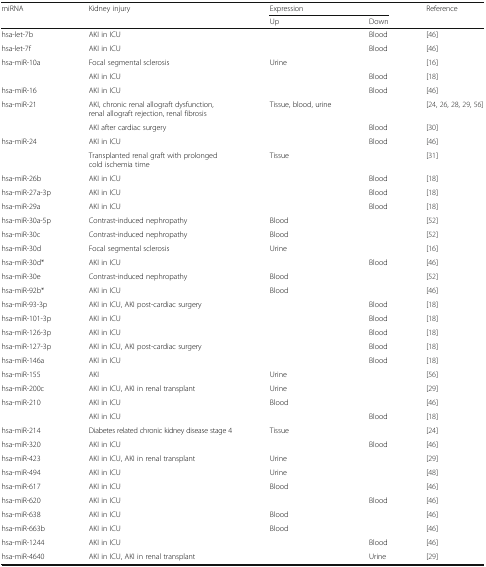
<table><thead><tr><td rowspan="2"><b>miRNA</b></td><td rowspan="2"><b>Kidney injury</b></td><td colspan="2"><b>Expression</b></td><td rowspan="2"><b>Reference</b></td></tr><tr><td><b>Up</b></td><td><b>Down</b></td></tr></thead><tbody><tr><td>hsa-let-7b</td><td>AKI in ICU</td><td></td><td>Blood</td><td>[46]</td></tr><tr><td>hsa-let-7f</td><td>AKI in ICU</td><td></td><td>Blood</td><td>[46]</td></tr><tr><td rowspan="2">hsa-miR-10a</td><td>Focal segmental sclerosis</td><td>Urine</td><td></td><td>[16]</td></tr><tr><td>AKI in ICU</td><td></td><td>Blood</td><td>[18]</td></tr><tr><td>hsa-miR-16</td><td>AKI in ICU</td><td></td><td>Blood</td><td>[46]</td></tr><tr><td rowspan="2">hsa-miR-21</td><td>AKI, chronic renal allograft dysfunction, renal allograft rejection, renal fibrosis</td><td>Tissue, blood, urine</td><td></td><td>[24, 26, 28, 29, 56]</td></tr><tr><td>AKI after cardiac surgery</td><td></td><td>Blood</td><td>[30]</td></tr><tr><td rowspan="2">hsa-miR-24</td><td>AKI in ICU</td><td></td><td>Blood</td><td>[46]</td></tr><tr><td>Transplanted renal graft with prolonged cold ischemia time</td><td>Tissue</td><td></td><td>[31]</td></tr><tr><td>hsa-miR-26b</td><td>AKI in ICU</td><td></td><td>Blood</td><td>[18]</td></tr><tr><td>hsa-miR-27a-3p</td><td>AKI in ICU</td><td></td><td>Blood</td><td>[18]</td></tr><tr><td>hsa-miR-29a</td><td>AKI in ICU</td><td></td><td>Blood</td><td>[18]</td></tr><tr><td>hsa-miR-30a-5p</td><td>Contrast-induced nephropathy</td><td>Blood</td><td></td><td>[52]</td></tr><tr><td>hsa-miR-30c</td><td>Contrast-induced nephropathy</td><td>Blood</td><td></td><td>[52]</td></tr><tr><td>hsa-miR-30d</td><td>Focal segmental sclerosis</td><td>Urine</td><td></td><td>[16]</td></tr><tr><td>hsa-miR-30d*</td><td>AKI in ICU</td><td></td><td>Blood</td><td>[46]</td></tr><tr><td>hsa-miR-30e</td><td>Contrast-induced nephropathy</td><td>Blood</td><td></td><td>[52]</td></tr><tr><td>hsa-miR-92b*</td><td>AKI in ICU</td><td>Blood</td><td></td><td>[46]</td></tr><tr><td>hsa-miR-93-3p</td><td>AKI in ICU, AKI post-cardiac surgery</td><td></td><td>Blood</td><td>[18]</td></tr><tr><td>hsa-miR-101-3p</td><td>AKI in ICU</td><td></td><td>Blood</td><td>[18]</td></tr><tr><td>hsa-miR-126-3p</td><td>AKI in ICU</td><td></td><td>Blood</td><td>[18]</td></tr><tr><td>hsa-miR-127-3p</td><td>AKI in ICU, AKI post-cardiac surgery</td><td></td><td>Blood</td><td>[18]</td></tr><tr><td>hsa-miR-146a</td><td>AKI in ICU</td><td></td><td>Blood</td><td>[18]</td></tr><tr><td>hsa-miR-155</td><td>AKI</td><td>Urine</td><td></td><td>[56]</td></tr><tr><td>hsa-miR-200c</td><td>AKI in ICU, AKI in renal transplant</td><td>Urine</td><td></td><td>[29]</td></tr><tr><td rowspan="2">hsa-miR-210</td><td>AKI in ICU</td><td>Blood</td><td></td><td>[46]</td></tr><tr><td>AKI in ICU</td><td></td><td>Blood</td><td>[18]</td></tr><tr><td>hsa-miR-214</td><td>Diabetes related chronic kidney disease stage 4</td><td>Tissue</td><td></td><td>[24]</td></tr><tr><td>hsa-miR-320</td><td>AKI in ICU</td><td></td><td>Blood</td><td>[46]</td></tr><tr><td>hsa-miR-423</td><td>AKI in ICU, AKI in renal transplant</td><td>Urine</td><td></td><td>[29]</td></tr><tr><td>hsa-miR-494</td><td>AKI in ICU</td><td>Urine</td><td></td><td>[48]</td></tr><tr><td>hsa-miR-617</td><td>AKI in ICU</td><td>Blood</td><td></td><td>[46]</td></tr><tr><td>hsa-miR-620</td><td>AKI in ICU</td><td></td><td>Blood</td><td>[46]</td></tr><tr><td>hsa-miR-638</td><td>AKI in ICU</td><td>Blood</td><td></td><td>[46]</td></tr><tr><td>hsa-miR-663b</td><td>AKI in ICU</td><td>Blood</td><td></td><td>[46]</td></tr><tr><td>hsa-miR-1244</td><td>AKI in ICU</td><td></td><td>Blood</td><td>[46]</td></tr><tr><td>hsa-miR-4640</td><td>AKI in ICU, AKI in renal transplant</td><td></td><td>Urine</td><td>[29]</td></tr></tbody></table>